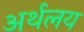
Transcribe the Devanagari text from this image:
अर्थलय